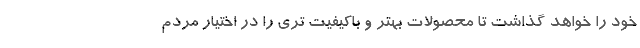
خود را خواهد گذاشت تا محصولات بهتر و باکیفیت تری را در اختیار مردم